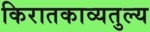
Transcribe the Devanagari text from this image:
किरातकाव्यतुल्य